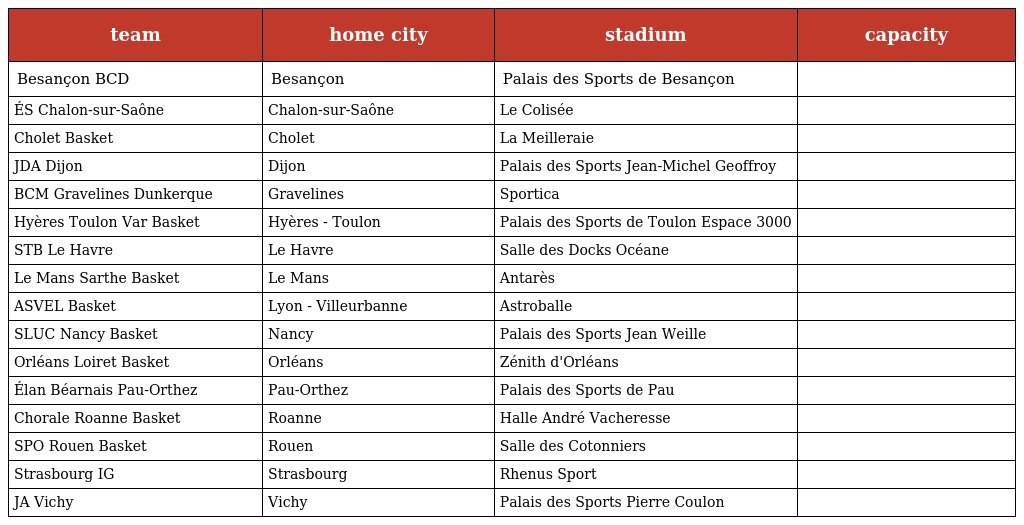
| team | home city | stadium | capacity |
 | --- | --- | --- | --- |
 | Besançon BCD | Besançon | Palais des Sports de Besançon |  |
 | ÉS Chalon-sur-Saône | Chalon-sur-Saône | Le Colisée |  |
 | Cholet Basket | Cholet | La Meilleraie |  |
 | JDA Dijon | Dijon | Palais des Sports Jean-Michel Geoffroy |  |
 | BCM Gravelines Dunkerque | Gravelines | Sportica |  |
 | Hyères Toulon Var Basket | Hyères - Toulon | Palais des Sports de Toulon Espace 3000 |  |
 | STB Le Havre | Le Havre | Salle des Docks Océane |  |
 | Le Mans Sarthe Basket | Le Mans | Antarès |  |
 | ASVEL Basket | Lyon - Villeurbanne | Astroballe |  |
 | SLUC Nancy Basket | Nancy | Palais des Sports Jean Weille |  |
 | Orléans Loiret Basket | Orléans | Zénith d'Orléans |  |
 | Élan Béarnais Pau-Orthez | Pau-Orthez | Palais des Sports de Pau |  |
 | Chorale Roanne Basket | Roanne | Halle André Vacheresse |  |
 | SPO Rouen Basket | Rouen | Salle des Cotonniers |  |
 | Strasbourg IG | Strasbourg | Rhenus Sport |  |
 | JA Vichy | Vichy | Palais des Sports Pierre Coulon |  |